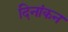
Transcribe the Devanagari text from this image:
दिनांकन